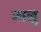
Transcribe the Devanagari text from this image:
नार्‍लु